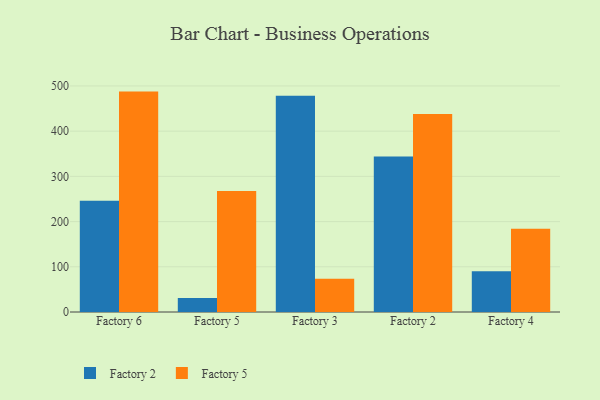
{"axis": {"x": "Factory", "y": "Operating Costs (USD K)"}, "legend": ["Factory 2", "Factory 5"], "data": [{"x": "Factory 6", "y": 246.1, "type": "Factory 2"}, {"x": "Factory 6", "y": 487.5, "type": "Factory 5"}, {"x": "Factory 5", "y": 30.9, "type": "Factory 2"}, {"x": "Factory 5", "y": 267.4, "type": "Factory 5"}, {"x": "Factory 3", "y": 478.1, "type": "Factory 2"}, {"x": "Factory 3", "y": 73.3, "type": "Factory 5"}, {"x": "Factory 2", "y": 343.9, "type": "Factory 2"}, {"x": "Factory 2", "y": 437.7, "type": "Factory 5"}, {"x": "Factory 4", "y": 90.4, "type": "Factory 2"}, {"x": "Factory 4", "y": 184.3, "type": "Factory 5"}]}